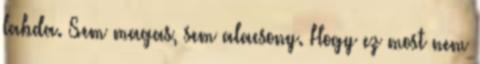
labda. Sem magas, sem alacsony. Hogy ez most nem